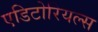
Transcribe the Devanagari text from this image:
एडिटोरियल्स